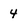
Character: 4